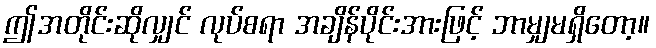
ဤအတိုင်းဆိုလျှင် လုပ်စရာ အချိန်ပိုင်းအားဖြင့် ဘာမျှမရှိတော့။